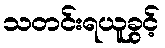
သတင်းရယူခွင့်